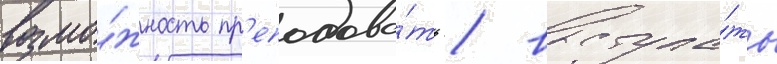
возмо́жность пр'еподава́ть / выступа́ть